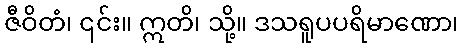
ဇီဝိတံ၊ ၎င်း။ ဣတိ၊ သို့။ ဒသရူပပရိမာဏော၊